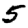
Digit: 5